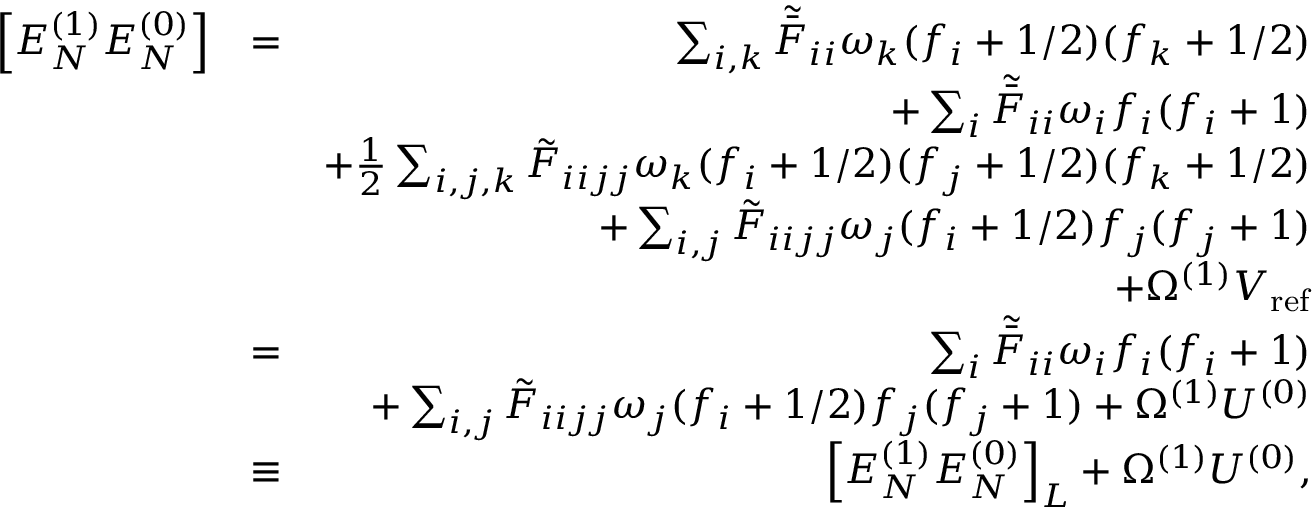
\begin{array} { r l r } { \left[ E _ { N } ^ { ( 1 ) } E _ { N } ^ { ( 0 ) } \right] } & { = } & { \sum _ { i , k } \tilde { \bar { F } } _ { i i } \omega _ { k } ( f _ { i } + 1 / 2 ) ( f _ { k } + 1 / 2 ) } \\ & { } & { + \sum _ { i } \tilde { \bar { F } } _ { i i } \omega _ { i } f _ { i } ( f _ { i } + 1 ) } \\ & { } & { + \frac { 1 } { 2 } \sum _ { i , j , k } \tilde { F } _ { i i j j } \omega _ { k } ( f _ { i } + 1 / 2 ) ( f _ { j } + 1 / 2 ) ( f _ { k } + 1 / 2 ) } \\ & { } & { + \sum _ { i , j } \tilde { F } _ { i i j j } \omega _ { j } ( f _ { i } + 1 / 2 ) f _ { j } ( f _ { j } + 1 ) } \\ & { } & { + \Omega ^ { ( 1 ) } V _ { \mathrm { r e f } } } \\ & { = } & { \sum _ { i } \tilde { \bar { F } } _ { i i } \omega _ { i } f _ { i } ( f _ { i } + 1 ) } \\ & { } & { + \sum _ { i , j } \tilde { F } _ { i i j j } \omega _ { j } ( f _ { i } + 1 / 2 ) f _ { j } ( f _ { j } + 1 ) + \Omega ^ { ( 1 ) } U ^ { ( 0 ) } } \\ & { \equiv } & { \left[ E _ { N } ^ { ( 1 ) } E _ { N } ^ { ( 0 ) } \right] _ { L } + \Omega ^ { ( 1 ) } U ^ { ( 0 ) } , } \end{array}